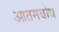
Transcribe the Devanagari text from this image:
आतमबोध